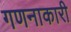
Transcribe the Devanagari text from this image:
गणनाकारी